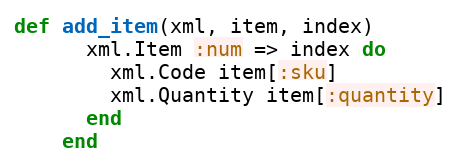
Language: Ruby
def add_item(xml, item, index)
      xml.Item :num => index do
        xml.Code item[:sku]
        xml.Quantity item[:quantity]
      end
    end